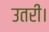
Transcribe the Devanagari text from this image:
उतरीं।